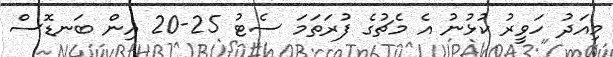
މިއަދު ހަވީރު ކުޅުނު އެ މެޗުގެ ފުރަތަމަ ސެޓު 25-20 އިން ބަނޑޮސް